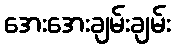
အေးအေးချမ်းချမ်း